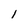
Character: 1